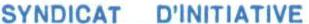
SYNDICAT D'INITIATIVE